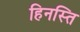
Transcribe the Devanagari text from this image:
हिनस्ति